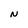
Character: N